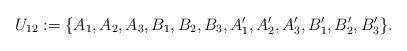
LaTeX: \begin{align*}U_{12}:=\{A_{1},A_{2},A_{3},B_{1},B_{2},B_{3},A_{1}',A_{2}',A_{3}',B_{1}',B_{2}',B_{3}'\}.\end{align*}